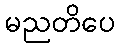
မညတိပေ